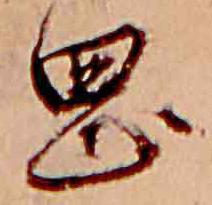
岡